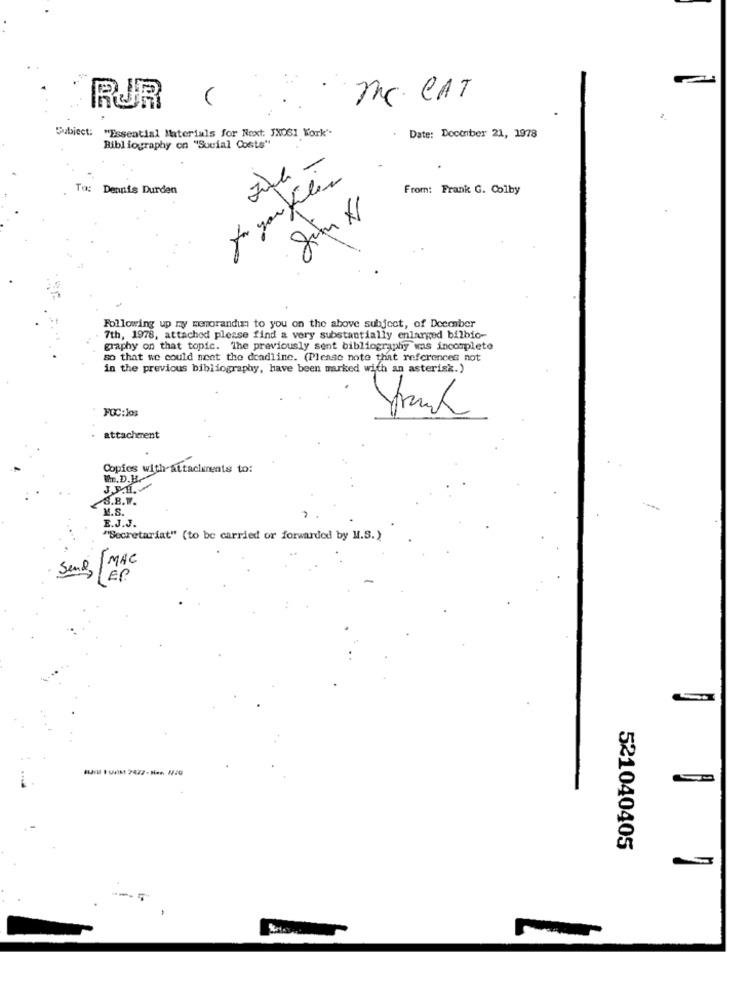
me CAT
RUR
Subject: "Essential Materials for Next: JXOGI Work'.
.Date: Doconber 21, 1978
Bibliography on "Social Costs"
for your files
To:
Dennis Durden
From: Frank G. Colby
Following up ny memorandum to you on the above subject, of December
7th, 1978, attached please find a very substantially enlarged bilbio-
graphy on that topic. The previously sent bibliography was incomplete
so that we could ment the deadline. (Please note that references not
in the previous bibliography, have been marked with an asterisk.)
FGC:los
attachment
Copies with attackenents to:
I.D.H.
J.P.1.
S.B.V.
K.S.
E.J.J.
"Secretariat" (to be carried or forwarded by M.S.)
1 MAC
Send
521040405